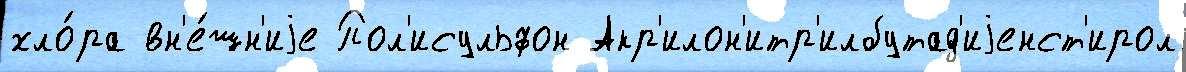
хло́ра вн'е́шн'иjе Пол'исульфон Акр'илон'итр'илбутад'иjенст'ирол